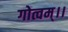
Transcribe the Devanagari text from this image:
गोत्वम्।।